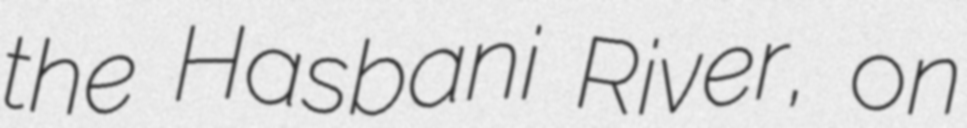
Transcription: the Hasbani River, on